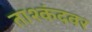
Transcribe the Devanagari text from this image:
ताश्कंदवर